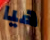
هيا